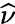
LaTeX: \widehat{\nu}